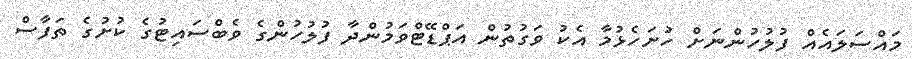
މައްސަލައެއް ފުލުހުންނަށް ހުށަހެޅުމާ އެކު ވަގުތުން އަޕްޑޭޓްވަމުންދާ ފުލުހުންގެ ވެބްސައިޓުގެ ކުށުގެ ތަފާސް